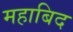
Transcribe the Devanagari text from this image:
महाबिद